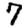
Digit: 7